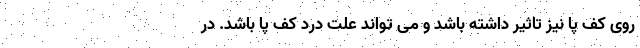
روی کف پا نیز تاثیر داشته باشد و می تواند علت درد کف پا باشد. در